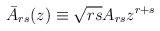
LaTeX: \begin{align*}\bar A_{rs}(z)\equiv\sqrt{rs}A_{rs}z^{r+s}\end{align*}